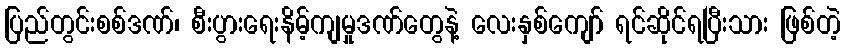
ပြည်တွင်းစစ်ဒဏ်၊ စီးပွားရေးနိမ့်ကျမှုဒဏ်တွေနဲ့ လေးနှစ်ကျော် ရင်ဆိုင်ရပြီးသား ဖြစ်တဲ့